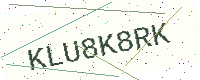
Text: KLU8K8RK